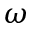
\omega